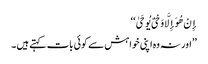
إِنْ هُوَ إِلَّا وَحْیٌ یُوحَیٰ ‘‘
’’اور نہ وه اپنی خواہش سے کوئی بات کہتے ہیں ۔